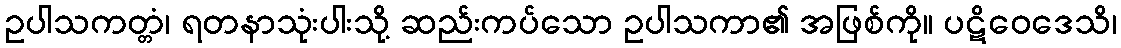
ဥပါသကတ္တံ၊ ရတနာသုံးပါးသို့ ဆည်းကပ်သော ဥပါသကာ၏ အဖြစ်ကို။ ပဋိဝေဒေသိ၊